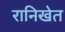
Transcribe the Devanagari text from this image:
रानिखेत